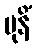
မုနိံ